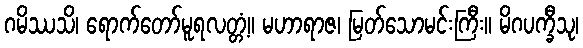
ဂမိဿသိ၊ ရောက်တော်မူရလတ္တံ့။ မဟာရာဇ၊ မြတ်သောမင်းကြီး။ မိဂပက္ခီသု၊